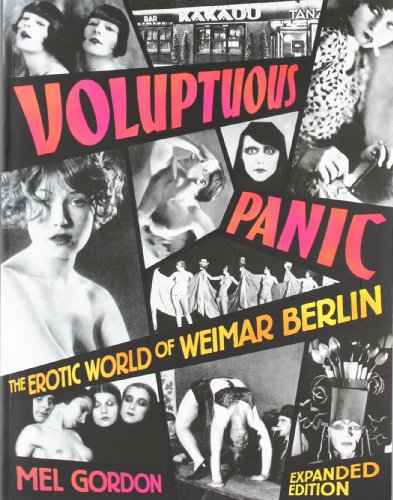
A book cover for Voluptuous Panic: The Erotic World of Weimar Berlin (Expanded Edition); Mel Gordon; Medical Books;